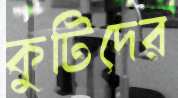
কুটিদের